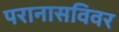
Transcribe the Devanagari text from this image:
परानासविवर